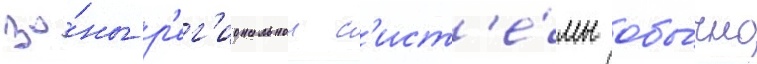
зо́ны р'ег'иональнои с'ист'е́мы обы́чно